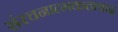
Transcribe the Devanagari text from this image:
संरचनात्मकतावाद